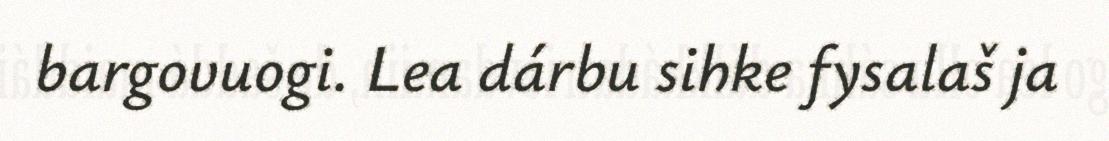
bargovuogi. Lea dárbu sihke fysalaš ja